Report on the working of the Ranchi Indian Mental Hospital, Kanke, in Bihar and Orissa - 1930-1940
Year: 1930
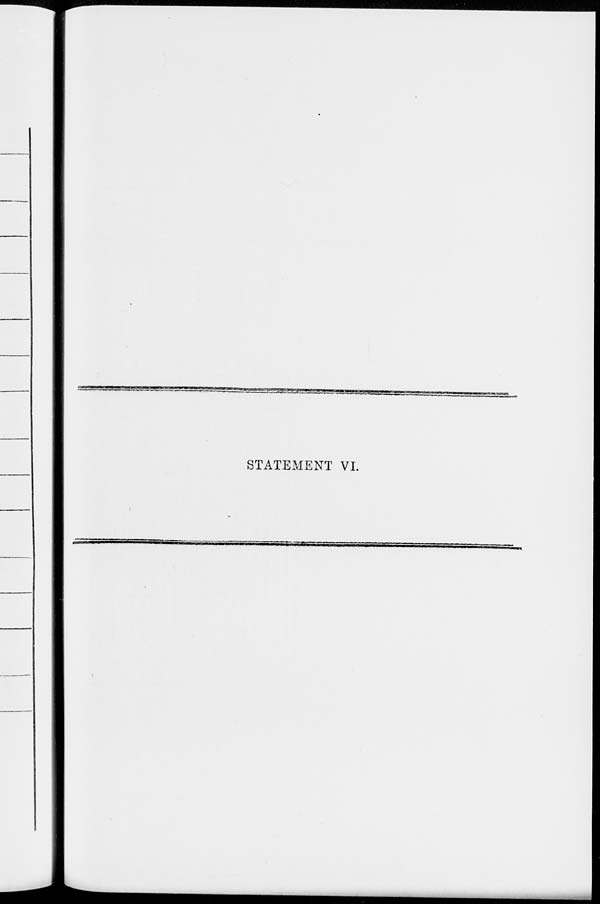
STATEMENT VI.